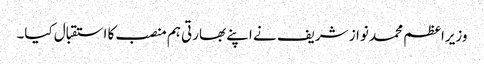
وزیراعظم محمد نواز شریف نے اپنے بھارتی ہم منصب کا استقبال کیا۔